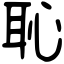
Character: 恥